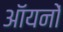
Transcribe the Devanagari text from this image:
ऑयनों